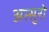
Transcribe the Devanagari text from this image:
अत्सुरो